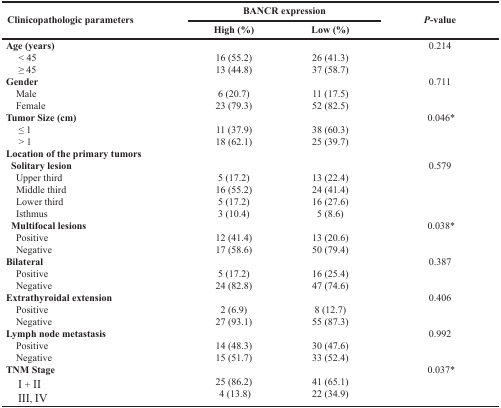
| <ROWSPAN=2> Clinicopathologic parameters | <COLSPAN=2> BANCR expression | <ROWSPAN=2> P-value |
 | High (%) | Low (%) |
 | --- | --- | --- | --- |
 | Age (years) |  |  | 0.214 |
 | < 45 | 16 (55.2) | 26 (41.3) |  |
 | ≥ 45 | 13 (44.8) | 37 (58.7) |  |
 | Gender |  |  | 0.711 |
 | Male | 6 (20.7) | 11 (17.5) |  |
 | Female | 23 (79.3) | 52 (82.5) |  |
 | Tumor Size (cm) |  |  | 0.046* |
 | ≤ 1 | 11 (37.9) | 38 (60.3) |  |
 | > 1 | 18 (62.1) | 25 (39.7) |  |
 | Location of the primary tumors Solitary lesion |  |  | 0.579 |
 | Upper third | 5 (17.2) | 13 (22.4) |  |
 | Middle third | 16 (55.2) | 24 (41.4) |  |
 | Lower third | 5 (17.2) | 16 (27.6) |  |
 | Isthmus | 3 (10.4) | 5 (8.6) |  |
 | Multifocal lesions |  |  | 0.038* |
 | Positive | 12 (41.4) | 13 (20.6) |  |
 | Negative | 17 (58.6) | 50 (79.4) |  |
 | Bilateral |  |  | 0.387 |
 | Positive | 5 (17.2) | 16 (25.4) |  |
 | Negative | 24 (82.8) | 47 (74.6) |  |
 | Extrathyroidal extension |  |  | 0.406 |
 | Positive | 2 (6.9) | 8 (12.7) |  |
 | Negative | 27 (93.1) | 55 (87.3) |  |
 | Lymph node metastasis |  |  | 0.992 |
 | Positive | 14 (48.3) | 30 (47.6) |  |
 | Negative | 15 (51.7) | 33 (52.4) |  |
 | TNM Stage |  |  | 0.037* |
 | I + II | 25 (86.2) | 41 (65.1) |  |
 | III, IV | 4 (13.8) | 22 (34.9) |  |